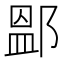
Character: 𨜵